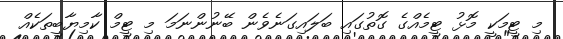
މި ޓީމަކީ މޮޅު ޓީމެއްގެ ގޮތުގައި ބަލައިގަނެވެން ބޭނުންނަމަ މި ޓީމް ކާމިޔާބީތަކެއް